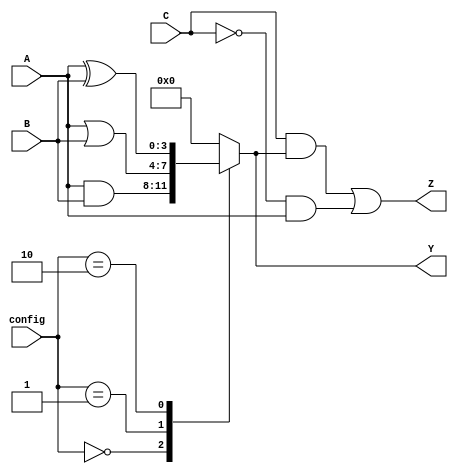
module CombinationalLogicBlock (
    input wire [3:0] A,        // 4-bit input A
    input wire [3:0] B,        // 4-bit input B
    input wire [3:0] C,        // 4-bit input C
    input wire [1:0] config,   // Configuration input for selecting logic function
    output wire [3:0] Y,       // 4-bit output Y
    output wire [3:0] Z        // 4-bit output Z
);

// Intermediate signals
wire [3:0] and_out;
wire [3:0] or_out;
wire [3:0] xor_out;

// Logic Functions
assign and_out = A & B;      // AND operation
assign or_out = A | B;       // OR operation
assign xor_out = A ^ B;      // XOR operation

// Output Logic based on configuration
always @(*) begin
    case (config)
        2'b00: Y = and_out;   // Select AND output
        2'b01: Y = or_out;    // Select OR output
        2'b10: Y = xor_out;   // Select XOR output
        default: Y = 4'b0000; // Default case
    endcase
end

// Additional output Z can be a combination of inputs or another logic function
assign Z = (C & Y) | (~C & A); // Example logic for output Z

endmodule